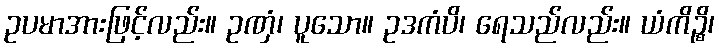
ဥပမာအားဖြင့်လည်း။ ဥဏှံ၊ ပူသော။ ဥဒကံပိ၊ ရေသည်လည်း။ ယံကိဉ္စိ၊